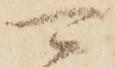
可